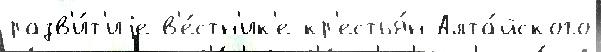
разв'и́т'иjе в'е́стн'ик'е кр'естья́н Алта́йского